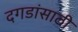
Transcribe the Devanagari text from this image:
दगडांसाठी